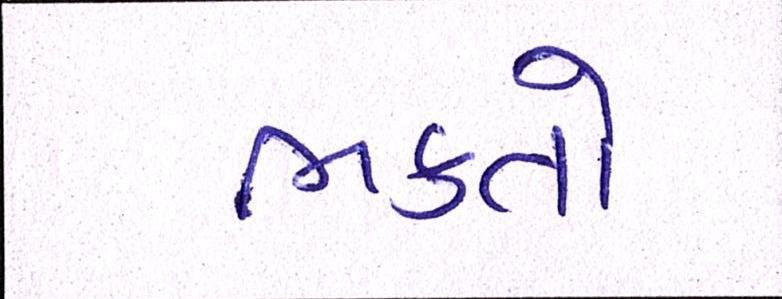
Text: ભક્તો